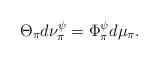
LaTeX: \begin{align*}\Theta_{\pi}d\nu_{\pi}^{\psi}=\Phi_{\pi}^{\psi}d\mu_{\pi}.\end{align*}